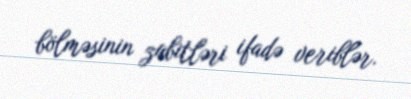
bölməsinin zabitləri ifadə veriblər.